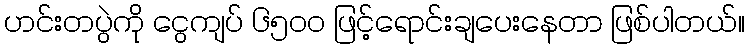
ဟင်းတပွဲကို ငွေကျပ် ၆၅၀၀ ဖြင့်ရောင်းချပေးနေတာ ဖြစ်ပါတယ်။